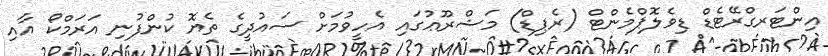
އިންޓަރގްރޭޓެޑް ޑިވެލޮޕްމެންޓް (ރެޕިޑް) މަޝްރޫޢުގައި އެހީވުމަށް ސައުދީގެ ތެޔޮ ކުންފުނި އަރަމްކޯ އާއި